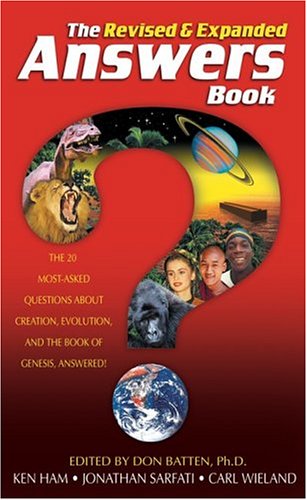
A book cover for The Answers Book: The 20 Most-Asked Questions About Creation, Evolution & the Book of Genesis Answered! Revised & Expanded Edition; Don Batten; Religion & Spirituality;